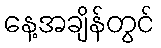
နေ့အချိန်တွင်